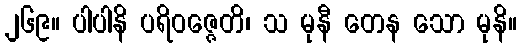
၂၆၉။ ပါပါနိ ပရိဝဇ္ဇေတိ၊ သ မုနီ တေန သော မုနိ။